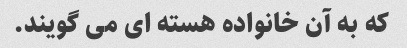
که به آن خانواده هسته ای می گویند.